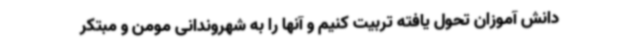
دانش آموزان تحول یافته تربیت کنیم و آنها را به شهروندانی مومن و مبتکر